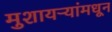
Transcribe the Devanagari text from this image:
मुशायऱ्यांमधून